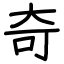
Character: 奇